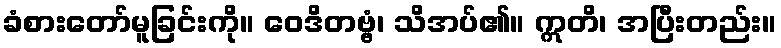
ခံစားတော်မူခြင်းကို။ ဝေဒိတဗ္ဗံ၊ သိအပ်၏။ ဣတိ၊ အပြီးတည်း။